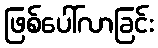
ဖြစ်ပေါ်လာခြင်း